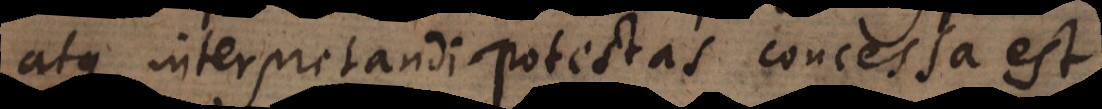
atque interpretandi potestas concessa est,